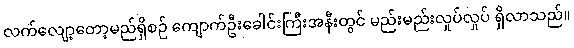
လက်လျော့တော့မည်ရှိစဉ် ကျောက်ဦးခေါင်းကြီးအနီးတွင် မည်းမည်းလှုပ်လှုပ် ရှိလာသည်။